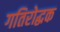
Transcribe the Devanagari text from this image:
गतिरोद्धक